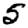
Digit: 5